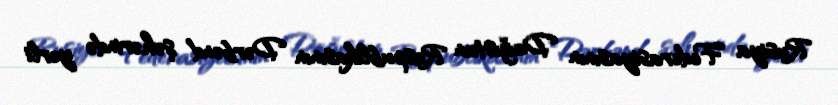
Rusiya Federasiyasının Dağıstan Respublikasının Dərbənd şəhərində yerli